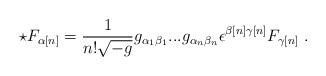
LaTeX: \begin{align*}\star F_{{\alpha}[n]} = \frac{1}{n!\sqrt{-g}}g_{{\alpha}_1{\beta}_1}...g_{{\alpha}_n{\beta}_n}{\epsilon}^{{\beta}[n]{\gamma}[n]}F_{{\gamma}[n]} \ .\end{align*}